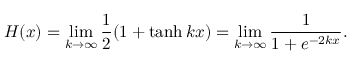
H ( x ) = \operatorname* { l i m } _ { k \rightarrow \infty } { \frac { 1 } { 2 } } ( 1 + \operatorname { t a n h } k x ) = \operatorname* { l i m } _ { k \rightarrow \infty } { \frac { 1 } { 1 + e ^ { - 2 k x } } } .